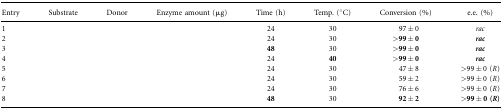
<table><thead><tr><td><b>Entry</b></td><td><b>Substrate</b></td><td><b>Donor</b></td><td><b>Enzyme amount (μg)</b></td><td><b>Time (h)</b></td><td><b>Temp. (°C)</b></td><td><b>Conversion (%)</b></td><td><b>e.e. (%)</b></td></tr></thead><tbody><tr><td>1</td><td>[EMPTY_CELL]</td><td>[EMPTY_CELL]</td><td>[EMPTY_CELL]</td><td>24</td><td>30</td><td>97 ± 0</td><td><i>rac</i></td></tr><tr><td>2</td><td>[EMPTY_CELL]</td><td>[EMPTY_CELL]</td><td>[EMPTY_CELL]</td><td>24</td><td>30</td><td><b>&gt;99</b> <b>± 0</b></td><td><b><i>rac</i></b></td></tr><tr><td>3</td><td>[EMPTY_CELL]</td><td>[EMPTY_CELL]</td><td>[EMPTY_CELL]</td><td><b>48</b></td><td>30</td><td><b>&gt;99</b> <b>± 0</b></td><td><b><i>rac</i></b></td></tr><tr><td>4</td><td>[EMPTY_CELL]</td><td>[EMPTY_CELL]</td><td>[EMPTY_CELL]</td><td>24</td><td><b>40</b></td><td><b>&gt;99</b> <b>± 0</b></td><td><b><i>rac</i></b></td></tr><tr><td>5</td><td>[EMPTY_CELL]</td><td>[EMPTY_CELL]</td><td>[EMPTY_CELL]</td><td>24</td><td>30</td><td>47 ± 8</td><td>&gt;99 <b>± </b>0 (<i>R</i>)</td></tr><tr><td>6</td><td>[EMPTY_CELL]</td><td>[EMPTY_CELL]</td><td>[EMPTY_CELL]</td><td>24</td><td>30</td><td>59 ± 2</td><td>&gt;99 <b>± </b>0 (<i>R</i>)</td></tr><tr><td>7</td><td>[EMPTY_CELL]</td><td>[EMPTY_CELL]</td><td>[EMPTY_CELL]</td><td>24</td><td>30</td><td>76 ± 6</td><td>&gt;99 <b>± </b>0 (<i>R</i>)</td></tr><tr><td>8</td><td>[EMPTY_CELL]</td><td>[EMPTY_CELL]</td><td>[EMPTY_CELL]</td><td><b>48</b></td><td>30</td><td><b>92</b> <b>± 2</b></td><td><b>&gt;99</b> <b>± 0 (</b><b><i>R</i></b><b>)</b></td></tr></tbody></table>